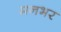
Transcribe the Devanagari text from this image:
मनभर